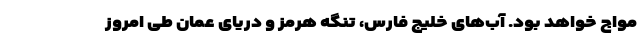
مواج خواهد بود. آب‌های خلیج فارس، تنگه هرمز و دریای عمان طی امروز